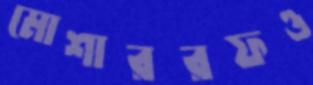
মোশাররফও